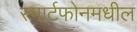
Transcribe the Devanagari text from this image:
स्मार्टफोनमधील